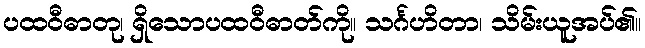
ပထဝီဓာတု၊ ရှိသောပထဝီဓာတ်ကို။ သင်္ဂဟိတာ၊ သိမ်းယူအပ်၏။